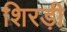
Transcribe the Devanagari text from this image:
शिरड़ी